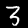
Digit: 3